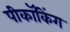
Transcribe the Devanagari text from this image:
पीकॉकिंग